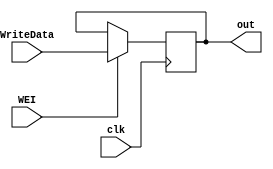
module Reg_IO(
input WEI,
input clk,
input [7:0] WriteData,
output reg [7:0] out
);

always @ (posedge clk)
begin
if (WEI)
out = WriteData;
end

endmodule